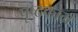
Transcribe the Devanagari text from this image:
पृष्ठकाग्र